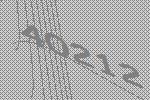
40212